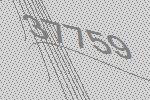
37759